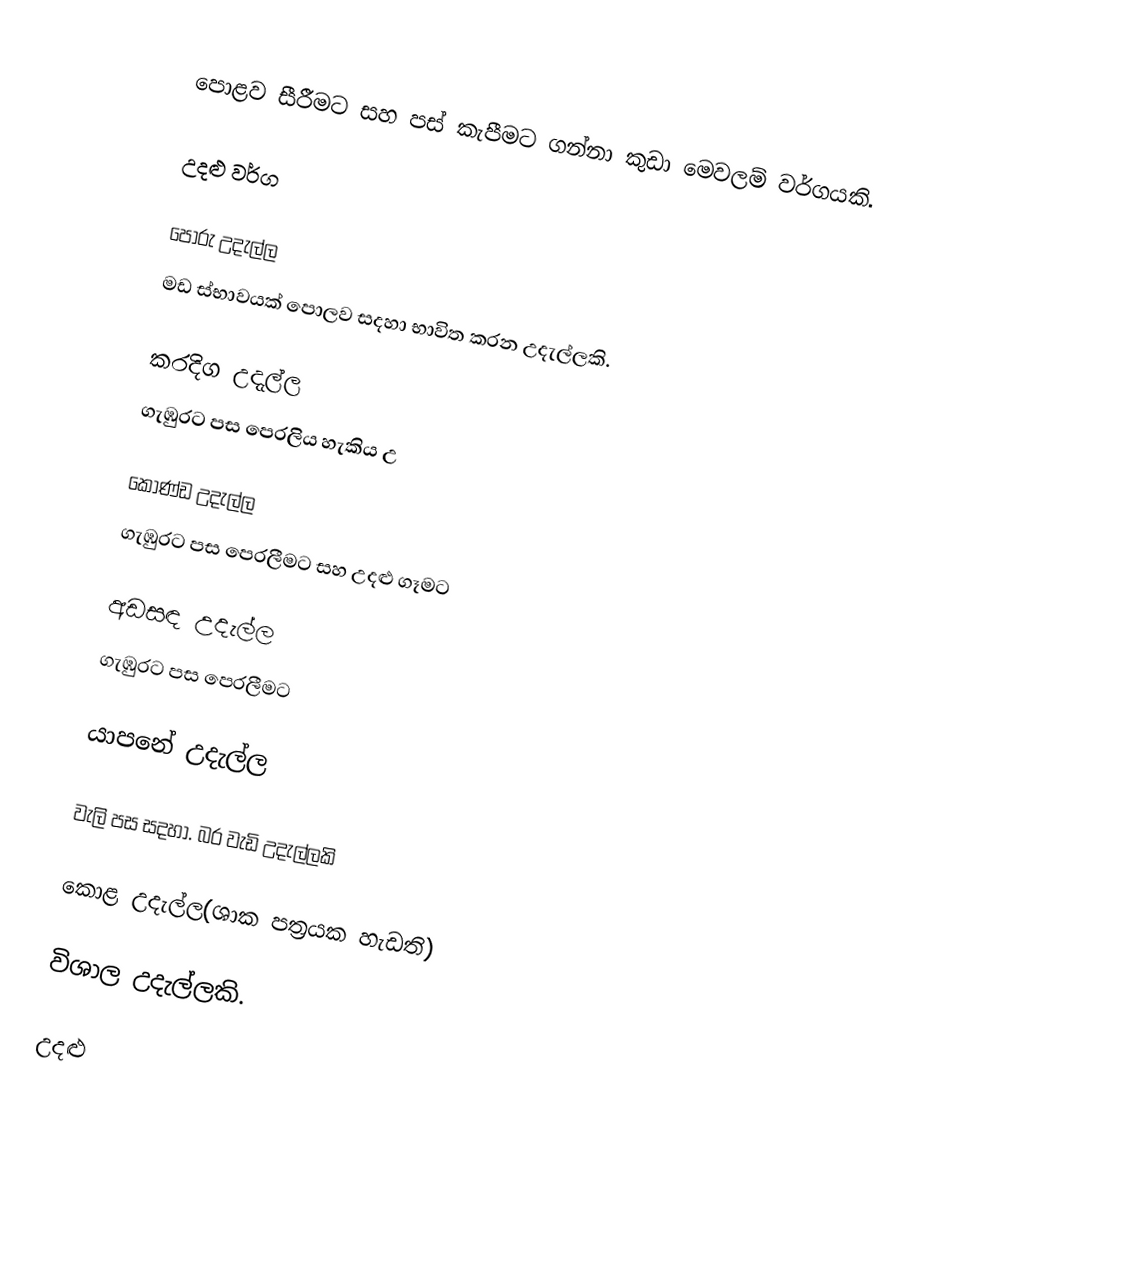
පොළව සීරීමට සහ පස් කැපීමට ගන්නා කුඩා මෙවලම් වර්ගයකි.

උදළු වර්ග

පෝරු උදැල්ල
මඩ ස්භාවයක් පොලව සදහා භාවිත කරන උදැල්ලකි.

කරදිග උදැල්ල
ගැඹුරට පස පෙරලිය හැකිය උ

කොණ්ඩ උදැල්ල
ගැඹුරට පස පෙරලීමට සහ උදළු ගෑමට

අඩසඳ උදැල්ල
ගැඹුරට පස පෙරලීමට

යාපනේ උදැල්ල

වැලි පස සදහා. බර වැඩි උදැල්ලකි

කොළ උදැල්ල(ශාක පත්‍රයක හැඩති)

විශාල උදැල්ලකි.

උදළු